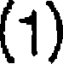
(1)